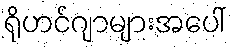
ရိုဟင်ဂျာများအပေါ်